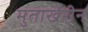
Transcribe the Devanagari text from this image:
मुताखेरीन